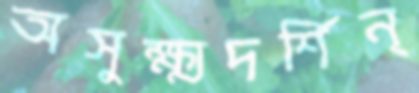
অসুক্ষ্মদর্শিন্